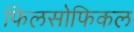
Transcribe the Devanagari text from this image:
फिलसोफिकल